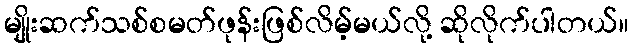
မျိုးဆက်သစ်စမတ်ဖုန်းဖြစ်လိမ့်မယ်လို့ ဆိုလိုက်ပါတယ်။